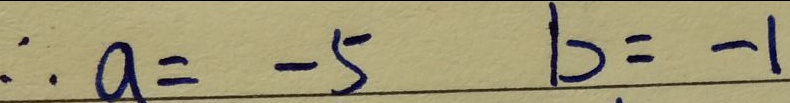
\therefore a = - 5 b = - 1